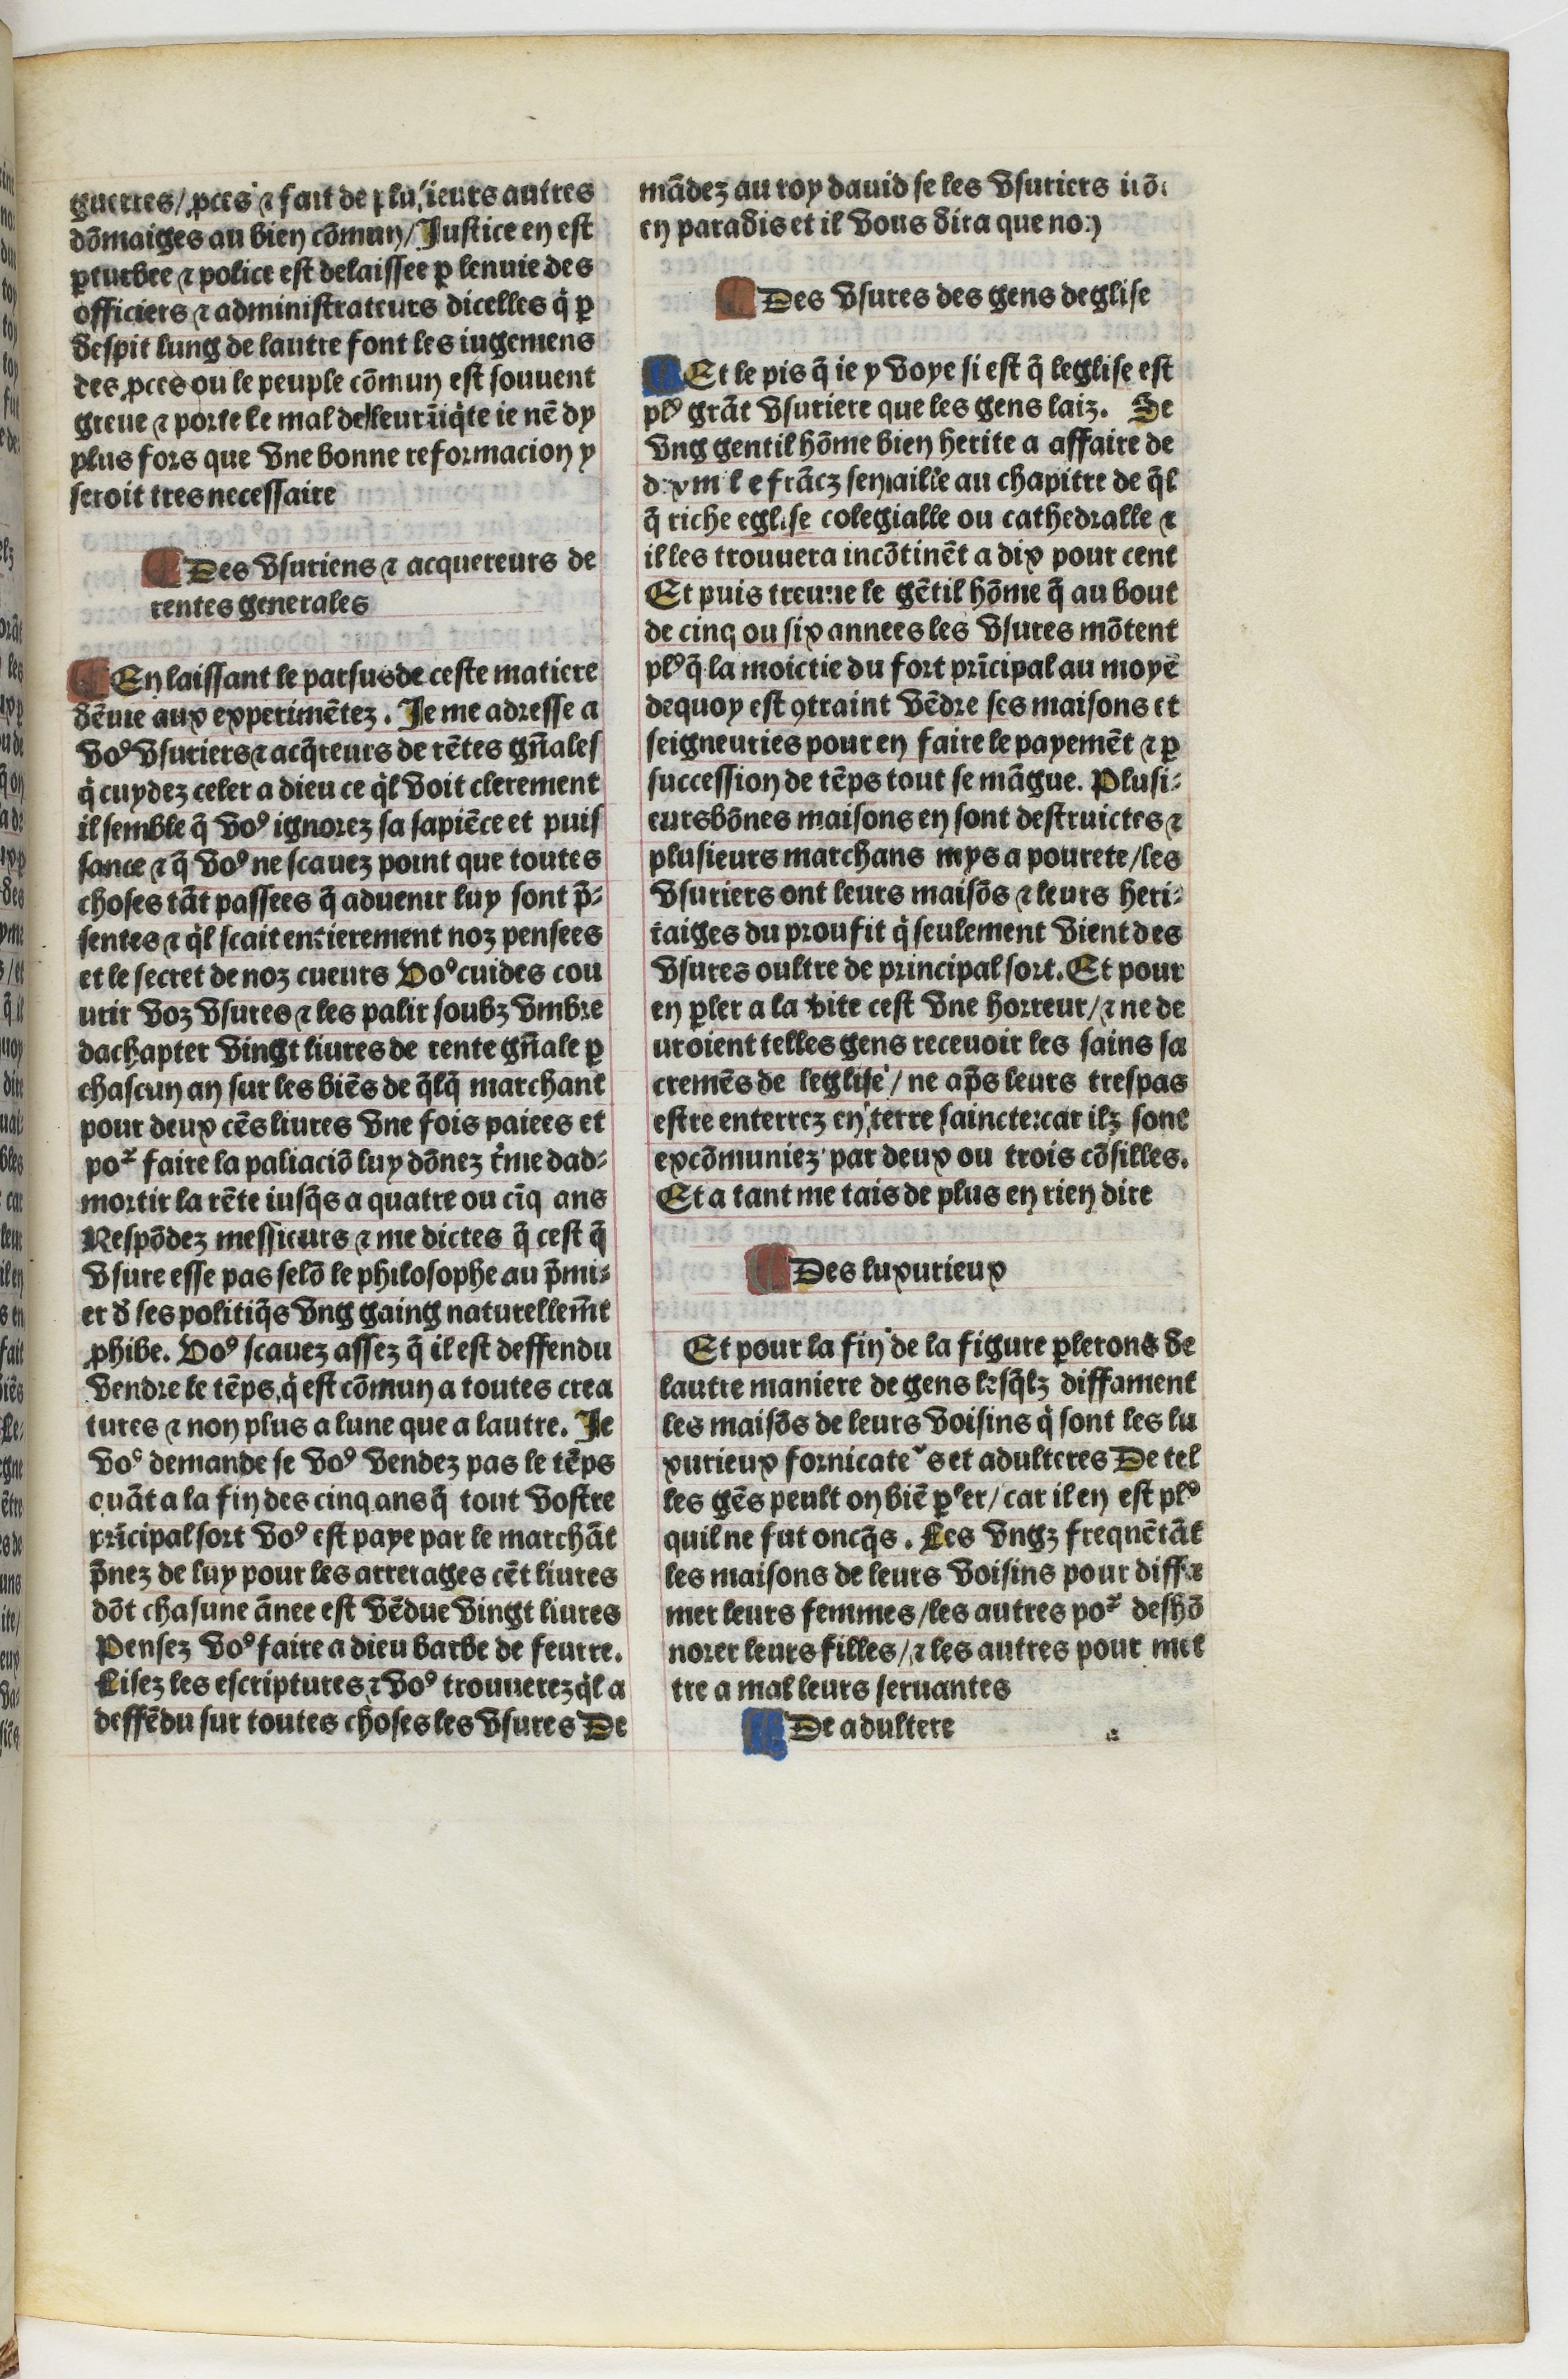
Shelfmark: Paris, BnF, Velins 1103
Century: 16